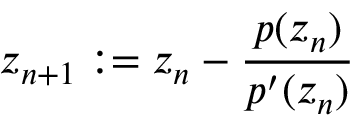
z _ { n + 1 } : = z _ { n } - { \frac { p ( z _ { n } ) } { p ^ { \prime } ( z _ { n } ) } }